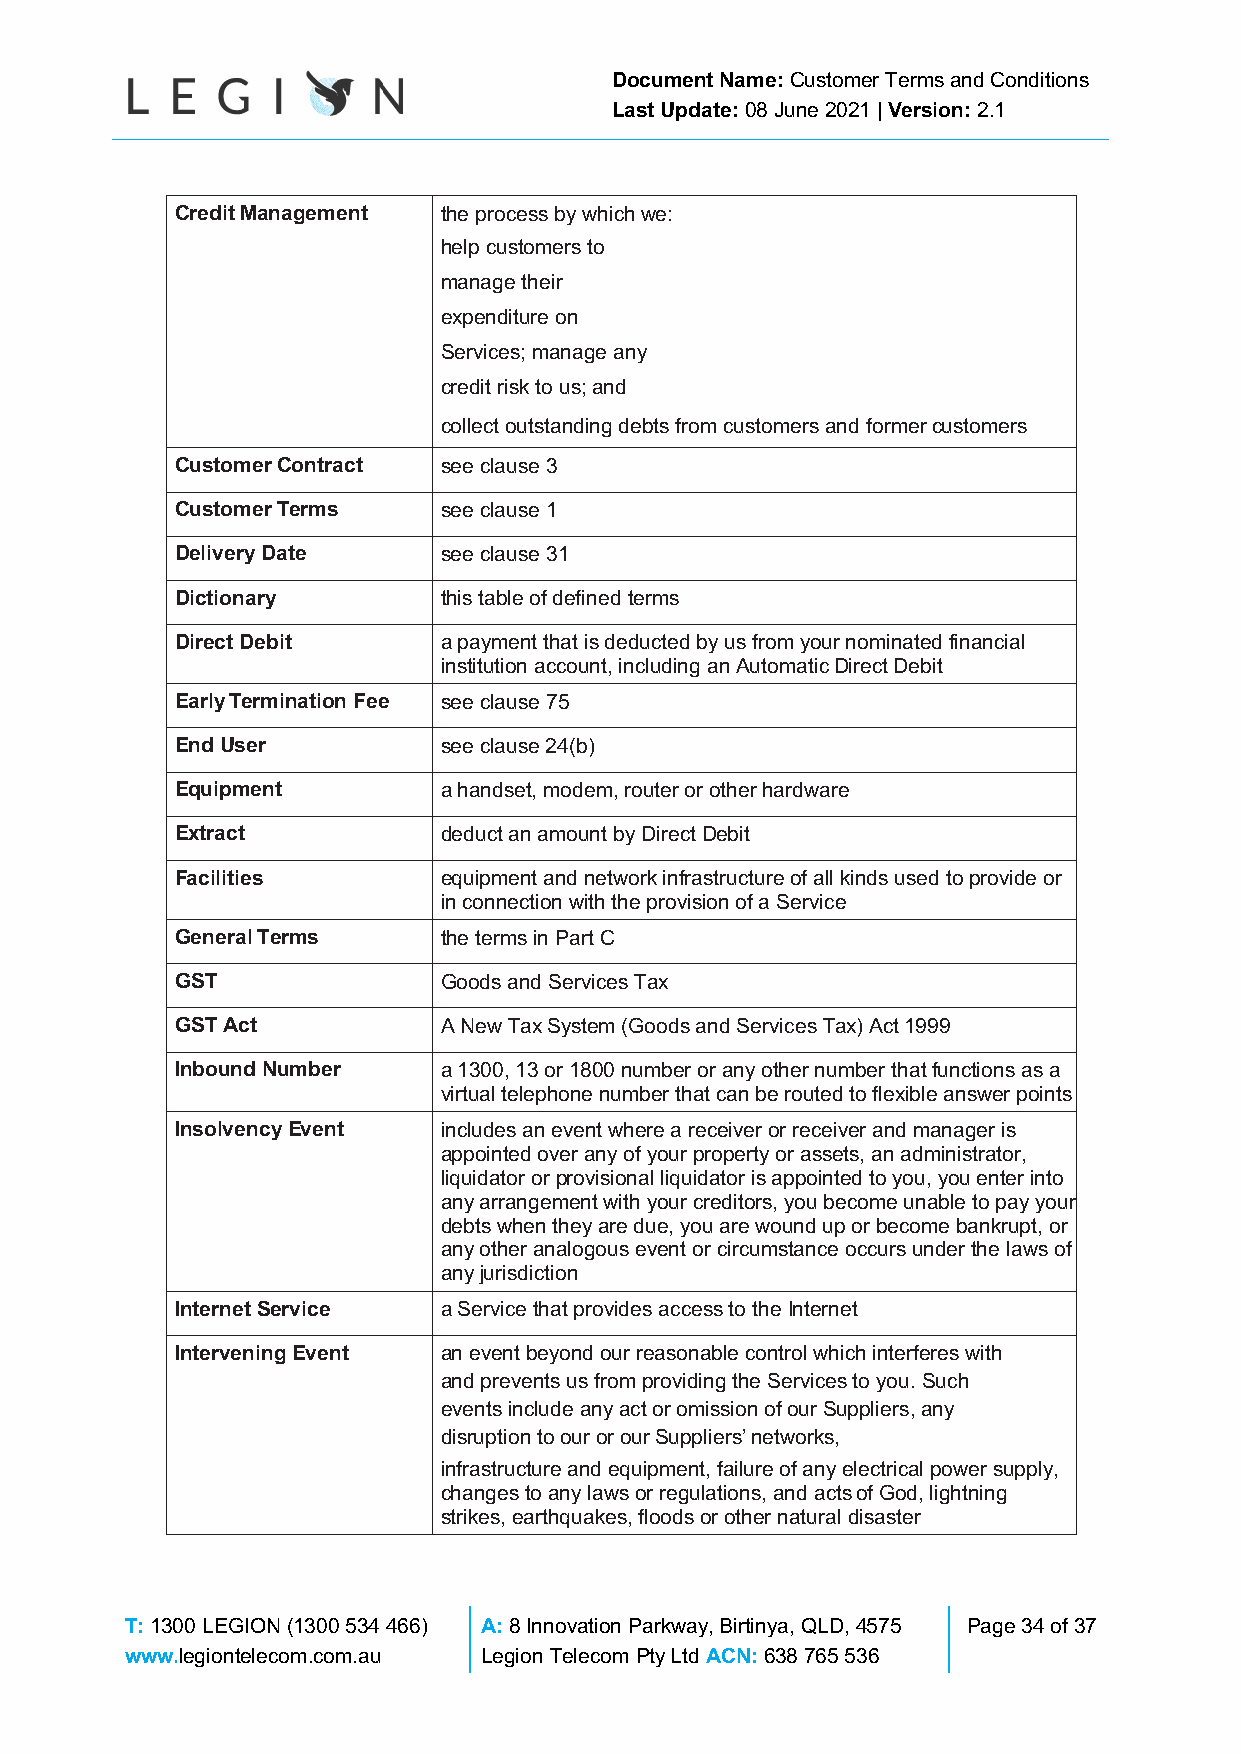
Document Name: Customer Terms and Conditions
 Last Update: 08 June 2021 | Version: 2.1
 Credit Management the process by which we:
 help customers to
 manage their
 expenditure on
 Services; manage any
 credit risk to us; and
 collect outstanding debts from customers and former customers
 Customer Contract see clause 3
 Customer Terms   see clause 1
 Delivery Date    see clause 31
 Dictionary       this table of defined terms
 Direct Debit     a payment that is deducted by us from your nominated financial
 institution account, including an Automatic Direct Debit
 Early Termination Fee see clause 75
 End User         see clause 24(b)
 Equipment        a handset, modem, router or other hardware
 Extract          deduct an amount by Direct Debit
 Facilities       equipment and network infrastructure of all kinds used to provide or
 in connection with the provision of a Service
 General Terms    the terms in Part C
 GST              Goods and Services Tax
 GST Act          A New Tax System (Goods and Services Tax) Act 1999
 Inbound Number   a 1300, 13 or 1800 number or any other number that functions as a
 virtual telephone number that can be routed to flexible answer points
 Insolvency Event includes an event where a receiver or receiver and manager is
 appointed over any of your property or assets, an administrator,
 liquidator or provisional liquidator is appointed to you, you enter into
 any arrangement with your creditors, you become unable to pay your
 debts when they are due, you are wound up or become bankrupt, or
 any other analogous event or circumstance occurs under the laws of
 any jurisdiction
 Internet Service a Service that provides access to the Internet
 Intervening Event an event beyond our reasonable control which interferes with
 and prevents us from providing the Services to you. Such
 events include any act or omission of our Suppliers, any
 disruption to our or our Suppliers’ networks,
 infrastructure and equipment, failure of any electrical power supply,
 changes to any laws or regulations, and acts of God, lightning
 strikes, earthquakes, floods or other natural disaster
 T: 1300 LEGION (1300 534 466) A: 8 Innovation Parkway, Birtinya, QLD, 4575 Page 34 of 37
 www.legiontelecom.com.au Legion Telecom Pty Ltd ACN: 638 765 536